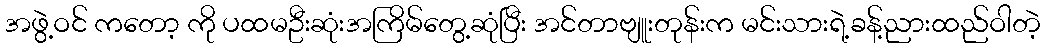
အဖွဲ့ဝင် ကတော့ ကို ပထမဦးဆုံးအကြိမ်တွေ့ဆုံပြီး အင်တာဗျူးတုန်းက မင်းသားရဲ့ခန့်ညားထည်ဝါတဲ့